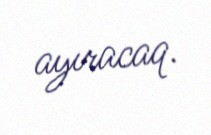
ayıracaq.